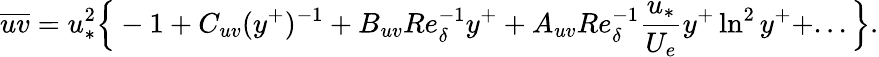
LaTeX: \overline{{uv}}=u_{*}^{2}\Big\{ -1+C_{uv}(y^{+})^{-1}+B_{uv}Re_{\delta}^{-1}y^{+}+A_{uv}Re_{\delta}^{-1}\frac{u_{*}}{U_{e}}y^{+}\ln^{2}y^{+}+...\Big\} .